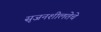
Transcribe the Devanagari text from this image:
सृजनशीलतेचे